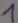
Text: 1